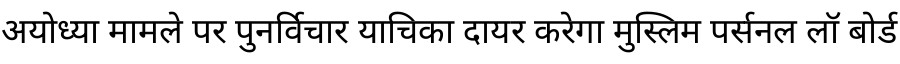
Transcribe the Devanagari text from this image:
अयोध्या मामले पर पुनर्विचार याचिका दायर करेगा मुस्लिम पर्सनल लॉ बोर्ड